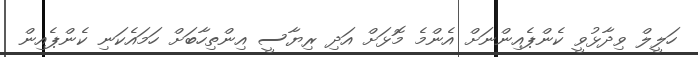
ހަލީލް ވިދާޅުވީ ކެންޕެއިންނަށް އެންމެ މޮޅަށް އަދި ރިޔާސީ އިންތިހާބަށް ހަމައެކަނި ކެންޕެއިން